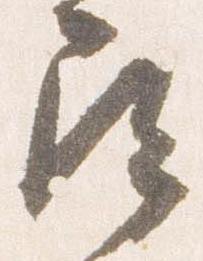
尋